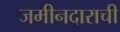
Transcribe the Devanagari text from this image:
जमीनदाराची